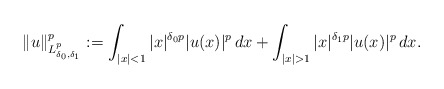
\begin{align*}\begin{aligned}\|u\|^p_{L^p_{\delta_0,\delta_1}}:=\int_{|x|<1} |x|^{\delta_0 p}|u(x)|^p\,dx+\int_{|x|>1} |x|^{\delta_1 p}|u(x)|^p\,dx.\end{aligned}\end{align*}